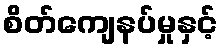
စိတ်ကျေနပ်မှုနှင့်